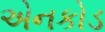
એનકોડ